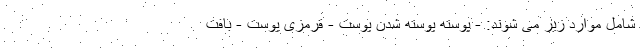
شامل موارد زیر می شوند: - پوسته پوسته شدن پوست - قرمزی پوست - بافت